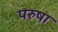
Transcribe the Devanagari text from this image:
परुषा